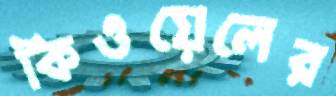
কিওয়েলের